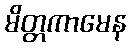
မိတ္တကာမေန